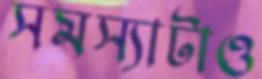
সমস্যাটাও